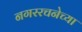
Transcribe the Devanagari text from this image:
नगररचनेच्या